Scottish Leaving Certificate Examination, 1957
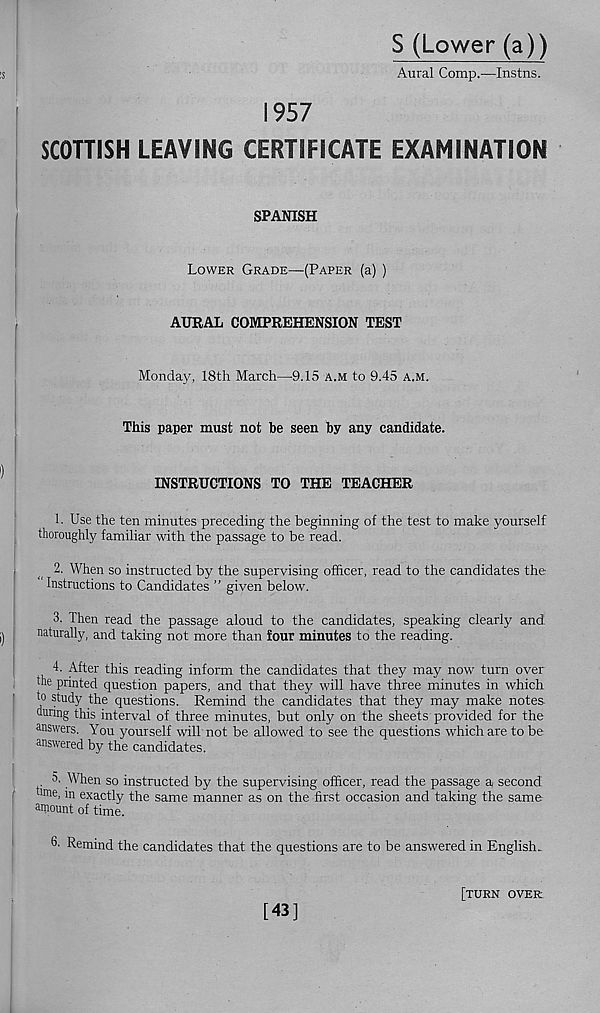
S (Lower (a))
Aural Comp.—Instns.
1957
SCOTTISH LEAVING CERTIFICATE EXAMINATION
SPANISH
Lower Grade—(Paper (a) )
AURAL COMPREHENSION TEST
Monday, 18th March—9.15 a.m to 9.45 a.m.
This paper must not be seen by any candidate.
INSTRUCTIONS TO THE TEACHER
b Use the ten minutes preceding the beginning of the test to make yourself
thoroughly familiar with the passage to be read.
2. When so instructed by the supervising officer, read to the candidates the
Instructions to Candidates ” given below.
3. Then read the passage aloud to the candidates, speaking clearly and
naturally, and taking not more than tour minutes to the reading.
4. After this reading inform the candidates that they may now turn over
the printed question papers, and that they will have three minutes in which
to study the questions. Remind the candidates that they may make notes,
during this interval of three minutes, but only on the sheets provided for the
answers. You yourself will not be allowed to see the questions which are to be
answered by the candidates.
o. When so instructed by the supervising officer, read
dme, in exactly the same manner as on the first occasion
amount of time.
the passage a second
and taking the same
6- Remind the candidates that the questions are to be answered in English.
[43]
[turn over